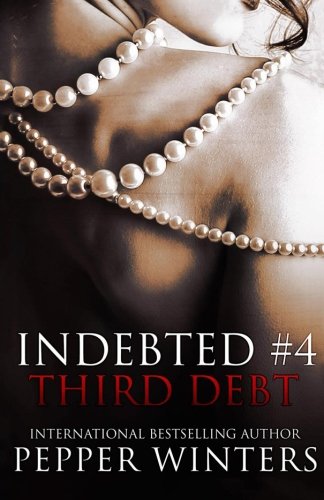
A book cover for Third Debt (Indebted) (Volume 4); Pepper Winters; Romance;